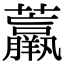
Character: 𧄿